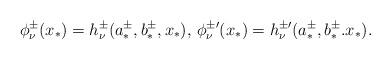
LaTeX: \begin{align*}\phi^{\pm}_{\nu} (x_*)=h^{\pm}_{\nu}(a^\pm_*,b^\pm_*,x_*),\,\phi^{\pm \prime}_\nu (x_*)=h^{\pm \prime}_{\nu}(a^\pm_*,b^\pm_*.x_*).\end{align*}